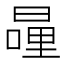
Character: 𭧍